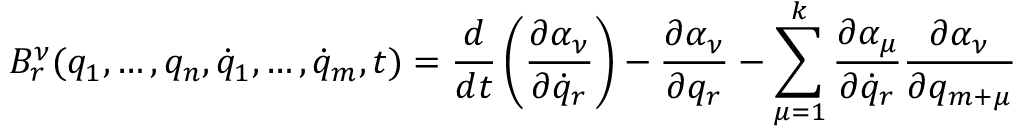
B _ { r } ^ { \nu } ( q _ { 1 } , \dots , q _ { n } , { \dot { q } } _ { 1 } , \dots , { \dot { q } } _ { m } , t ) = \frac { d } { d t } \left( \frac { \partial \alpha _ { \nu } } { \partial { \dot { q } } _ { r } } \right) - \frac { \partial \alpha _ { \nu } } { \partial q _ { r } } - \sum _ { \mu = 1 } ^ { k } \frac { \partial \alpha _ { \mu } } { \partial { \dot { q } } _ { r } } \frac { \partial \alpha _ { \nu } } { \partial q _ { m + \mu } }